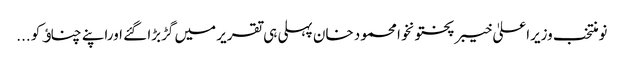
نومنتخب وزیراعلیٰ خیبر پختونخوا محمود خان پہلی ہی تقریر میں گڑبڑا گئے اوراپنے چناﺅ کو ...